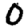
Digit: 0